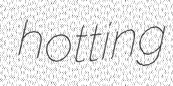
hotting